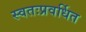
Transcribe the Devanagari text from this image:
स्वतःप्रवर्धित